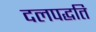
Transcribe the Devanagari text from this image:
दलपद्धति